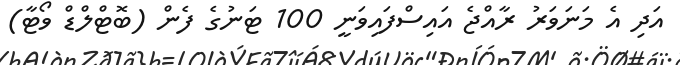
އަދި އެ މަނަވަރު ރާއްޖެ އައިސްފައިވަނީ 100 ޓަނުގެ ފެން (ބޮޓްލްޑް ވޯޓާ)